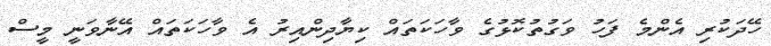
ހޭދަކުރި އެންމެ ފަހު ވަގުތުކޮޅުގެ ވާހަކަތައް ކިޔާދިންއިރު އެ ވާހަކަތައް އޭނާވަނީ މީސް